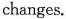
changes.